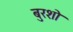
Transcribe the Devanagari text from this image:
बुरशो